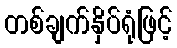
တစ်ချက်နှိပ်ရုံဖြင့်